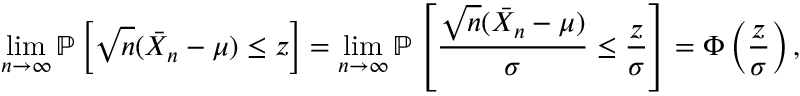
\operatorname* { l i m } _ { n \to \infty } \mathbb { P } \left[ { \sqrt { n } } ( { \bar { X } } _ { n } - \mu ) \leq z \right] = \operatorname* { l i m } _ { n \to \infty } \mathbb { P } \left[ { \frac { { \sqrt { n } } ( { \bar { X } } _ { n } - \mu ) } { \sigma } } \leq { \frac { z } { \sigma } } \right] = \Phi \left( { \frac { z } { \sigma } } \right) ,